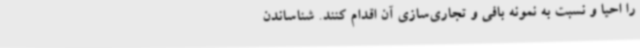
را احیا و نسبت به نمونه بافی و تجاری‌سازی آن اقدام کنند. شناساندن